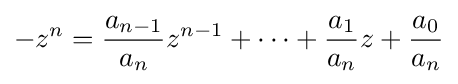
-z^{n}={\frac {a_{n-1}}{a_{n}}}z^{n-1}+\cdots +{\frac {a_{1}}{a_{n}}}z+{\frac {a_{0}}{a_{n}}}